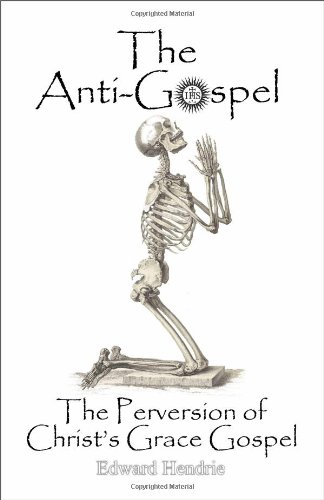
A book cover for The Anti-Gospel: The Perversion of Christ's Grace Gospel; Edward Hendrie; Christian Books & Bibles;